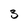
Character: 3